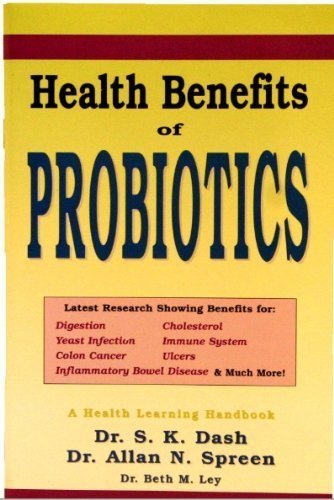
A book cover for Health Benefits of Probiotics (Latest Research Showing Benefits for Digestion, Cholesterol, Yeast Infection, Immune System, Colon Cancer, Ulcers, etc); Beth Ley-Jacobs; Health, Fitness & Dieting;